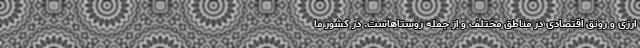
ارزی و رونق اقتصادی در مناطق مختلف و از جمله روستاهاست. در کشور ما